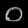
Digit: ၀